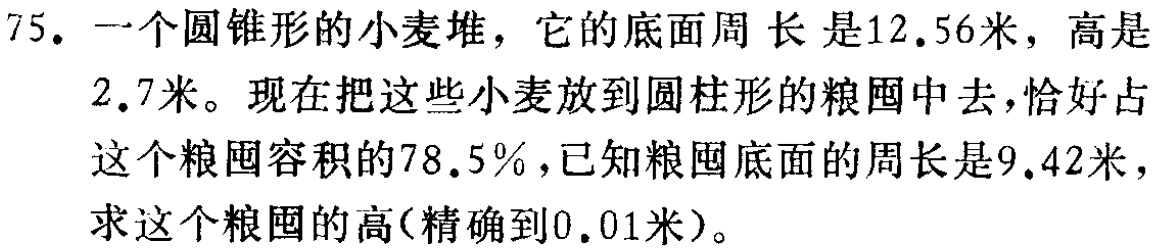
75. 一个圆锥形的小麦堆，它的底面周长是12.56米，高是2.7米。现在把这些小麦放到圆柱形的粮囤中去，恰好占这个粮囤容积的78.5%，已知粮囤底面的周长是9.42米，求这个粮囤的高(精确到0.01米)。